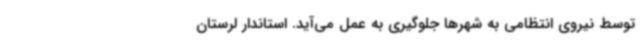
توسط نیروی انتظامی به شهرها جلوگیری به عمل می‌آید. استاندار لرستان